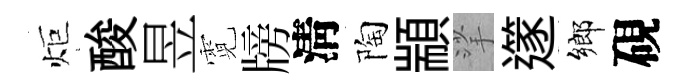
炬酸昱霓牓淸陶顓挲𨗹鄉硯